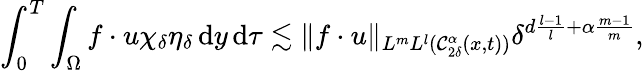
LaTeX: \int_{0}^{T}\int_{\Omega}f\cdot u\chi_{\delta}\eta_{\delta}\, \mathrm{d}y\, \mathrm{d}\tau\lesssim\| f\cdot u\| _{L^{m}L^{l}(\mathcal{C}_{2\delta}^{\alpha}(x,t))}\delta^{d\frac{l-1}{l}+\alpha\frac{m-1}{m}},